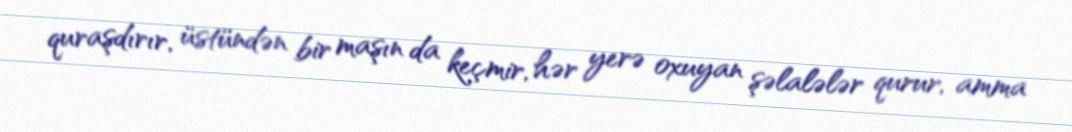
quraşdırır, üstündən bir maşın da keçmir, hər yerə oxuyan şəlalələr qurur, amma